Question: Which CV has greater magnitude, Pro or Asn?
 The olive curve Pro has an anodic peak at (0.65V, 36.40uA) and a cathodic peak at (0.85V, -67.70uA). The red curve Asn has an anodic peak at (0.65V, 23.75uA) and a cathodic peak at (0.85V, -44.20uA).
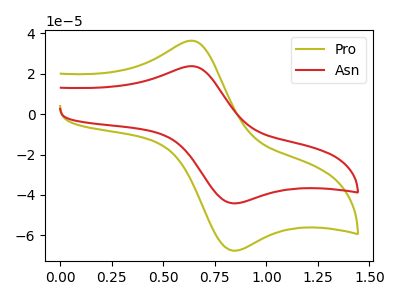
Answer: <think>All the peaks in "Pro" have a peak in "Asn" at the same potential. Every peak in "Pro" is higher than every peak in "Asn".
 </think>
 <answer>"Pro" has more signal than "Asn".</answer>
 <eval>more_signal</eval>